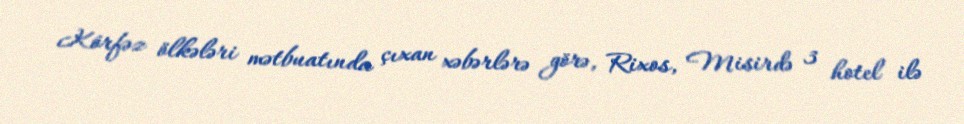
Körfəz ölkələri mətbuatında çıxan xəbərlərə görə, Rixos, Misirdə 3 hotel ilə